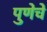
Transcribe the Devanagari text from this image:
पुणेचे